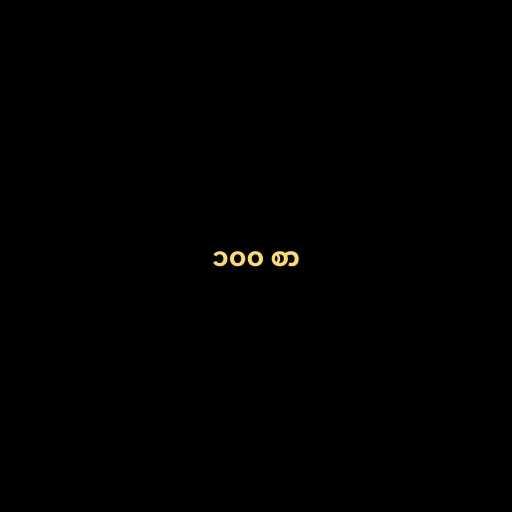
၁၀၀ စာ